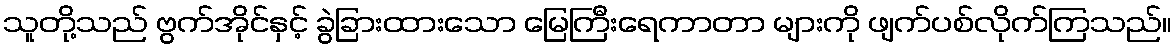
သူတို့သည် ဗွက်အိုင်နှင့် ခွဲခြားထားသော မြေကြီးရေကာတာ များကို ဖျက်ပစ်လိုက်ကြသည်။